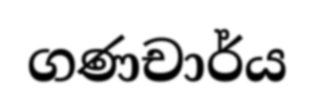
ගණචාර්ය